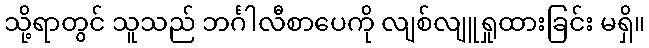
သို့ရာတွင် သူသည် ဘင်္ဂါလီစာပေကို လျစ်လျူရှုထားခြင်း မရှိ။